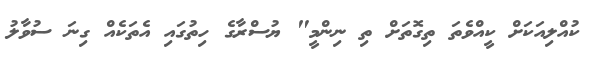
ކުއްލިއަކަށް ކީއްވެތަ ތިގޮތަށް ތި ނިންމީ" ޔުސްރާގެ ހިތުގައި އެތަކެއް ގިނަ ސުވާލު